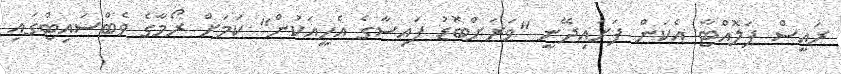
ރައީސް ޕަލޮއްޓާ އެކަން ފަށައިދޭނީ "ވަރަށްބޮޑު ފައިސާގެ އެހީއަކުން" ކަމަށް ރޯމާގެ ވެބްސައިޓްގައި